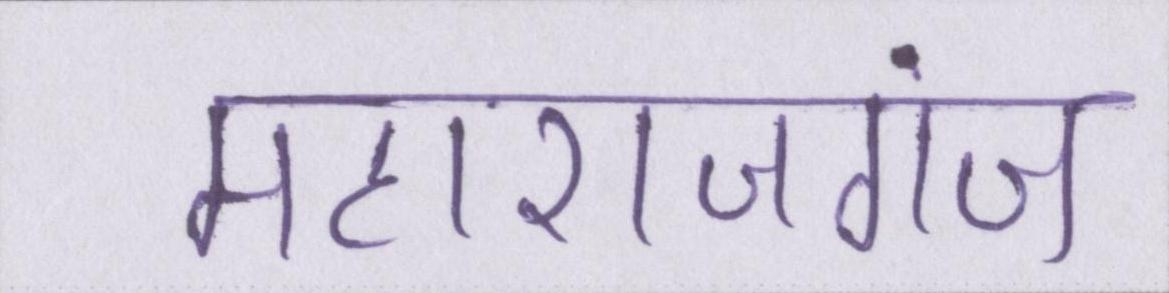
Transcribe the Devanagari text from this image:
महाराजगंज